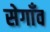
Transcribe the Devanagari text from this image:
सेगाँव